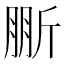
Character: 𣂤